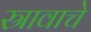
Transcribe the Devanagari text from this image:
स्रावाचे